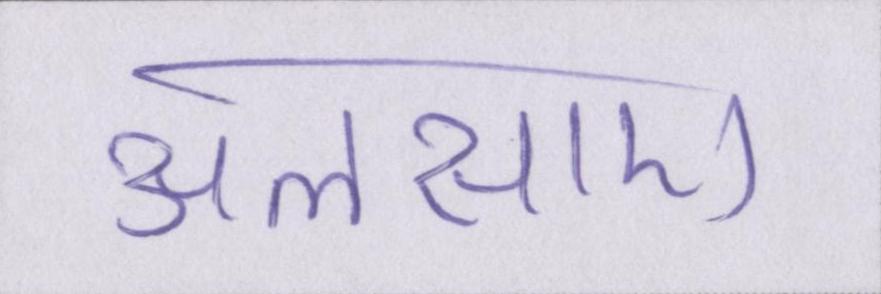
अलसाए